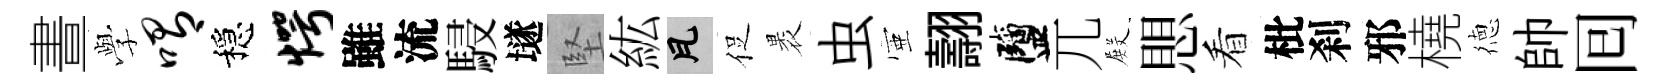
晝𫝯喟穩愕雖流駸𡑞堅紘瓦促褁虫壺翿鹽兀𭮺愳看枇刹邪橈徳帥囘